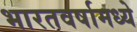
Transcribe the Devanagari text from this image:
भारतवर्षामध्ये